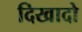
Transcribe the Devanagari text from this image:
दिखादो